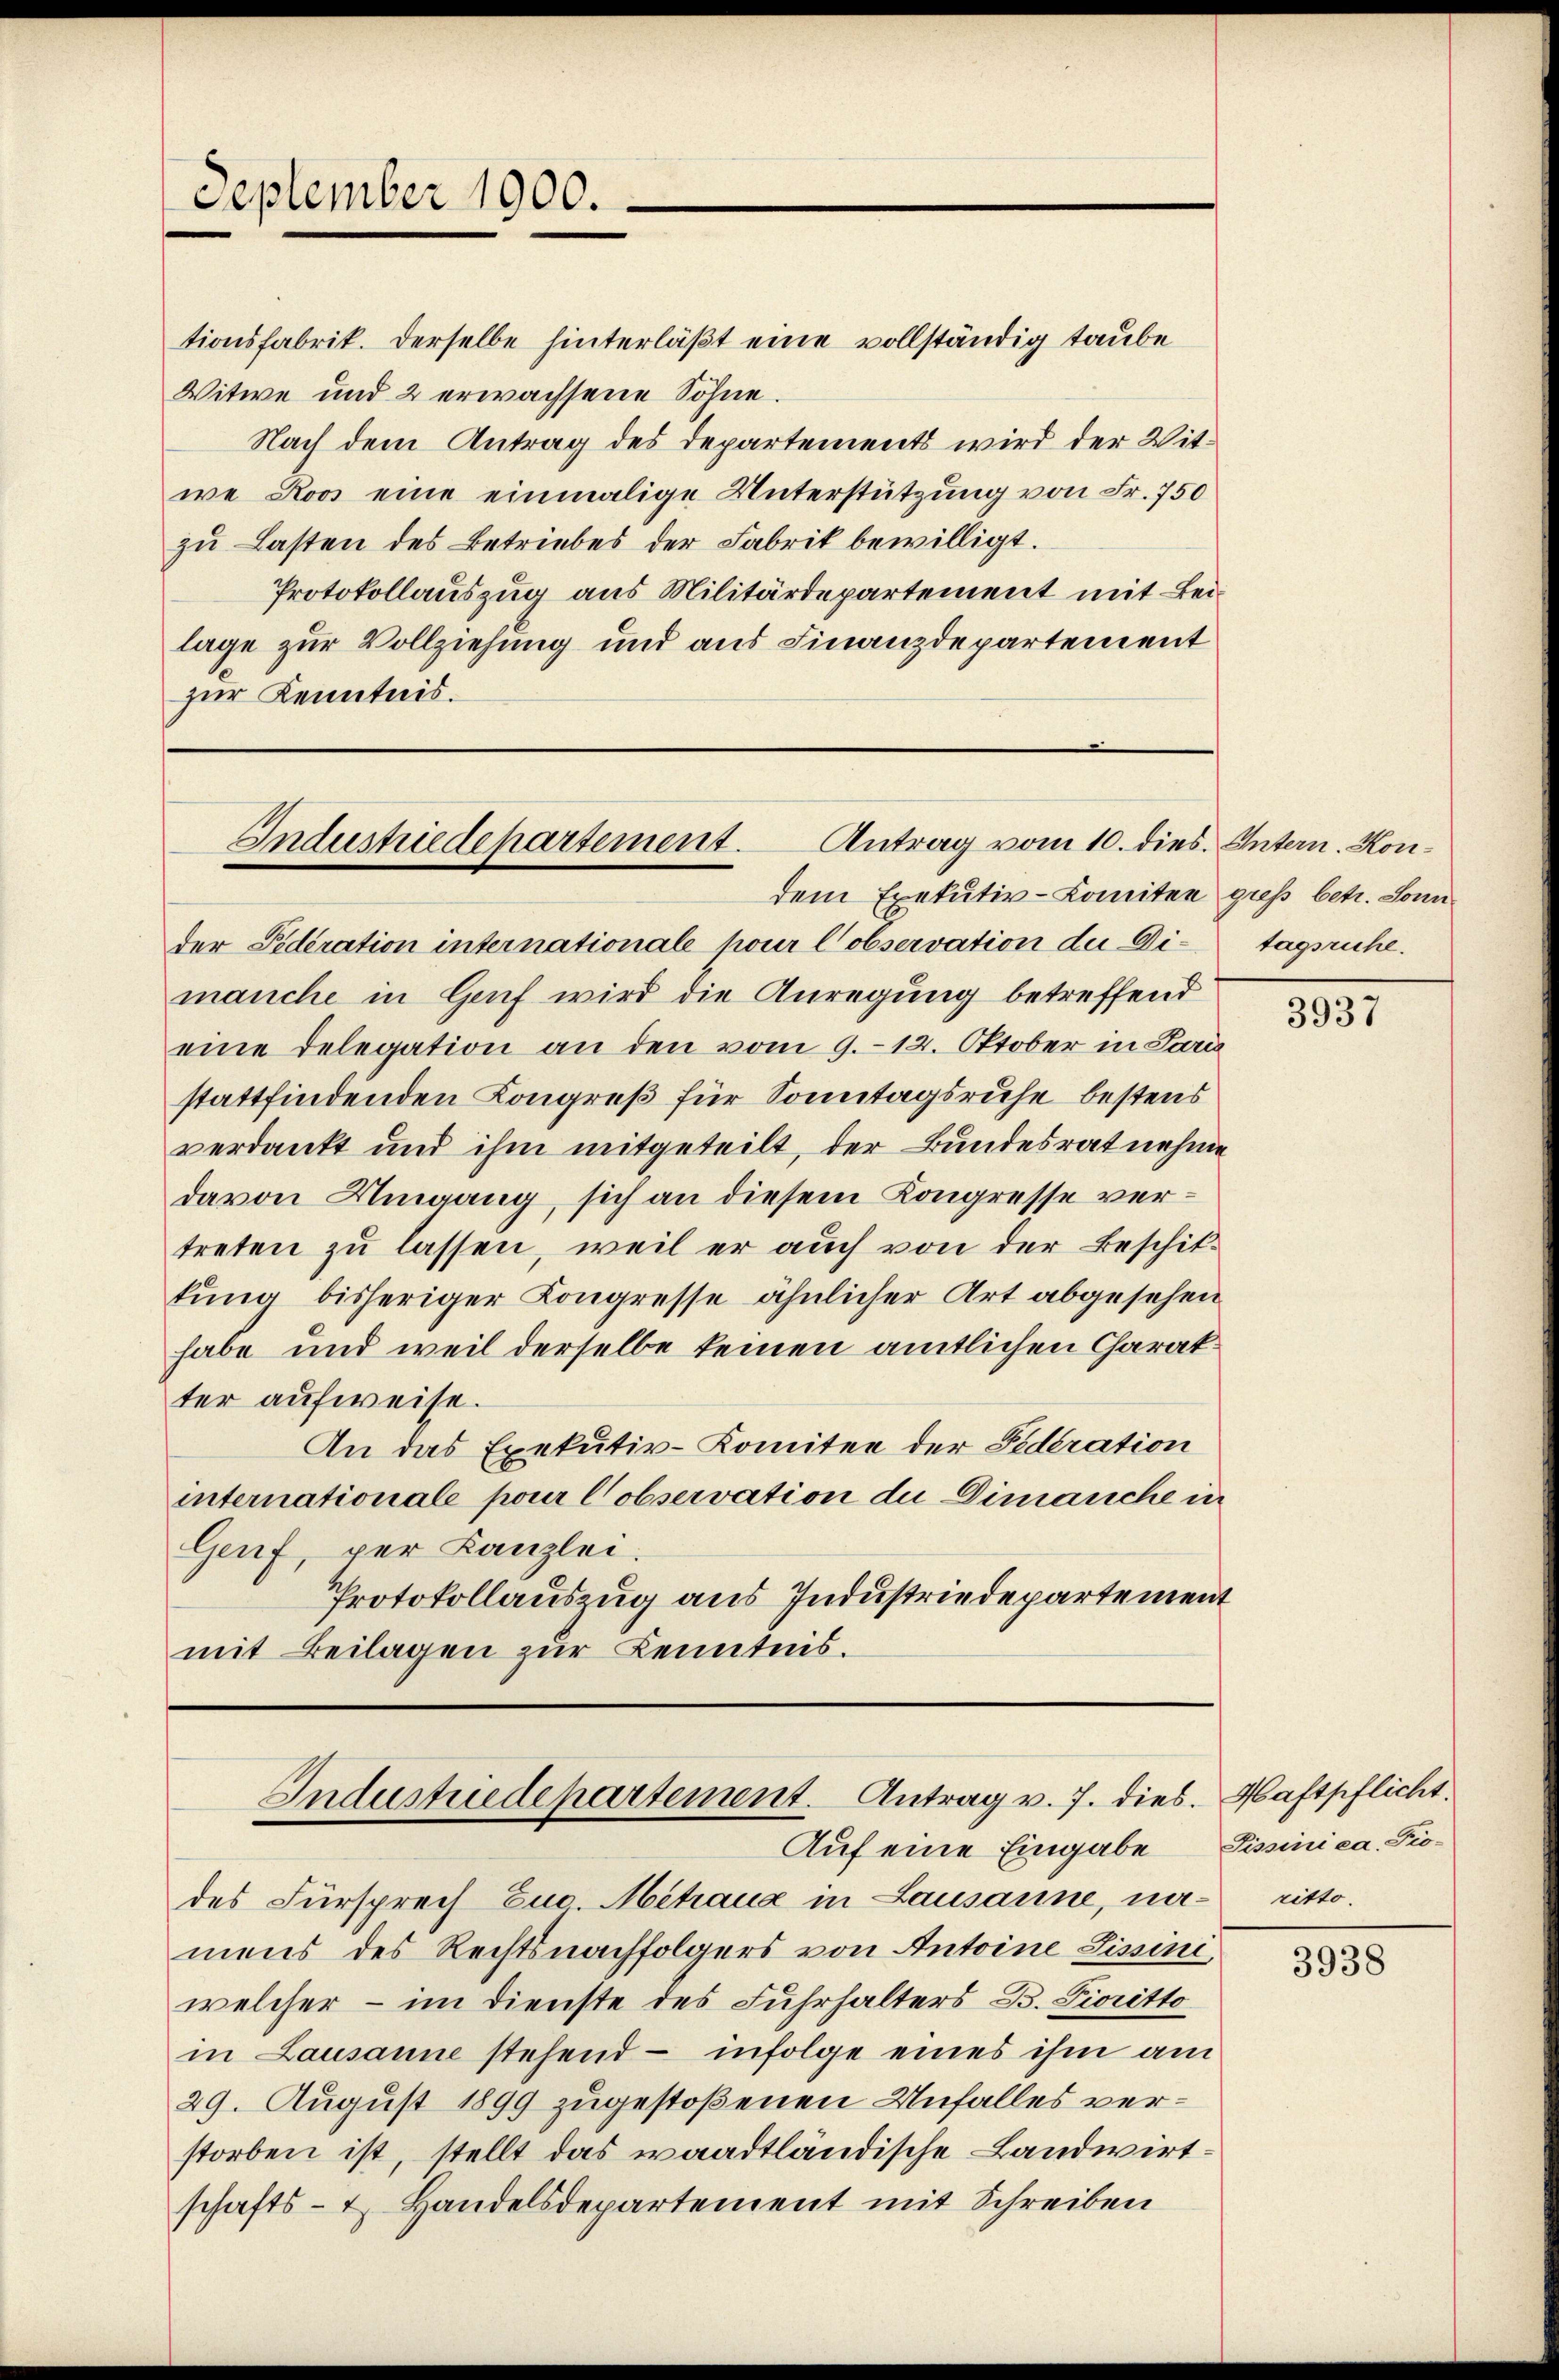
September 1900.

tionsfabrik. Derselbe hinterläßt eine vollständig taube
Witwe und 2 erwachsene Söhne.
Nach dem Antrag des Departements wird der Witwe Roos eine einmalige Unterstützung von Fr. 750
zu Lasten des Betriebes der Fabrik bewilligt.
Protokollauszug aus Militärdepartement mit Beilage zur Vollziehung und aus Finanzdepartement
zur Kenntnis.

Industriedepartement. Antrag vom 10. dies. Intern. Kon¬

dem Exekutiv-Komiten guß betr. Sonn
der Fideration internationale pour lobservation der Di-tagsruhe.
manche in Genf wird die Anregung betreffend
eine Delegation an den vom 9. 12. Oktober in Paris
stattfindenden Kongreß für Sonntagsruhe bestens
verdankt und ihm mitgeteilt, der Bundesrat nehme
davon Umgang, sich an diesem Kongresse vertreten zu lassen, weil er auch von der Beschittung bisheriger Kongresse ähnlicher Art abgesehen
habe und weil derselbe keinen amtlichen Charakter aufweise.
An das Exekutiv-Komitee der Federation
internationale pour Cobservation die Dimanche in
Genf, per Kanzlei.
Protokollauszug aus Industriedepartement
mit Beilagen zur Kenntnis.

Industriedepartement. Antrag v. 7. dies. Haftpflicht.
Auf eine Eingabe Siminica. Fio-

des Fürsprech Euo Mitraue in Lausanne, namens des Rechtsnachfolgers von Antoine Lissini
welcher - im Dienste des Fuhrhalters B. Gioritto
in Lausanne stehend infolge eines ihm am
29. August 1899 zugestoßenen Unfalles verstorben ist, stellt das waadtländische Landwirtschafts- & Handelsdepartement mit Schreiben

3937

ritto.

3938